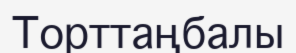
Торттаңбалы